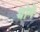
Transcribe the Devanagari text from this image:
च्चोमे